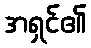
အရှင်၏